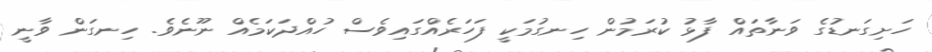
ހަށިގަނޑުގެ ވަނާތައް ފާޅު ކުރަމުން ހިނގުމަކީ ފަހަރެއްގައިވެސް ހުއްދަކަމެއް ނޫނެވެ. ހިނގަން ވާނީ